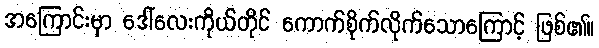
အကြောင်းမှာ ဒေါ်လေးကိုယ်တိုင် ကောက်စိုက်လိုက်သောကြောင့် ဖြစ်၏။